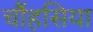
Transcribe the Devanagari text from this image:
चौंहसिया